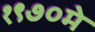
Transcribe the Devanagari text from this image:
१९७०मे